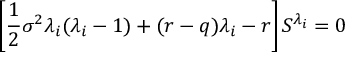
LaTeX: \left[ { \frac { 1 } { 2 } } \sigma ^ { 2 } \lambda _ { i } ( \lambda _ { i } - 1 ) + ( r - q ) \lambda _ { i } - r \right] S ^ { \lambda _ { i } } = 0